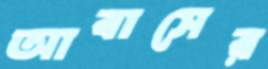
আবাসের